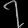
Digit: ၇